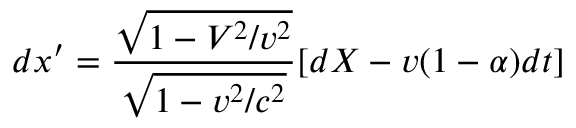
d x ^ { \prime } = \frac { \sqrt { 1 - V ^ { 2 } / v ^ { 2 } } } { \sqrt { 1 - v ^ { 2 } / c ^ { 2 } } } [ d X - v ( 1 - \alpha ) d t ]